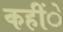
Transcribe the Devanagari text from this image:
कहींे